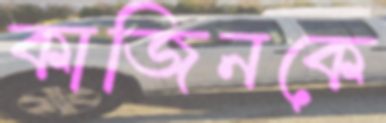
কাজিনকে